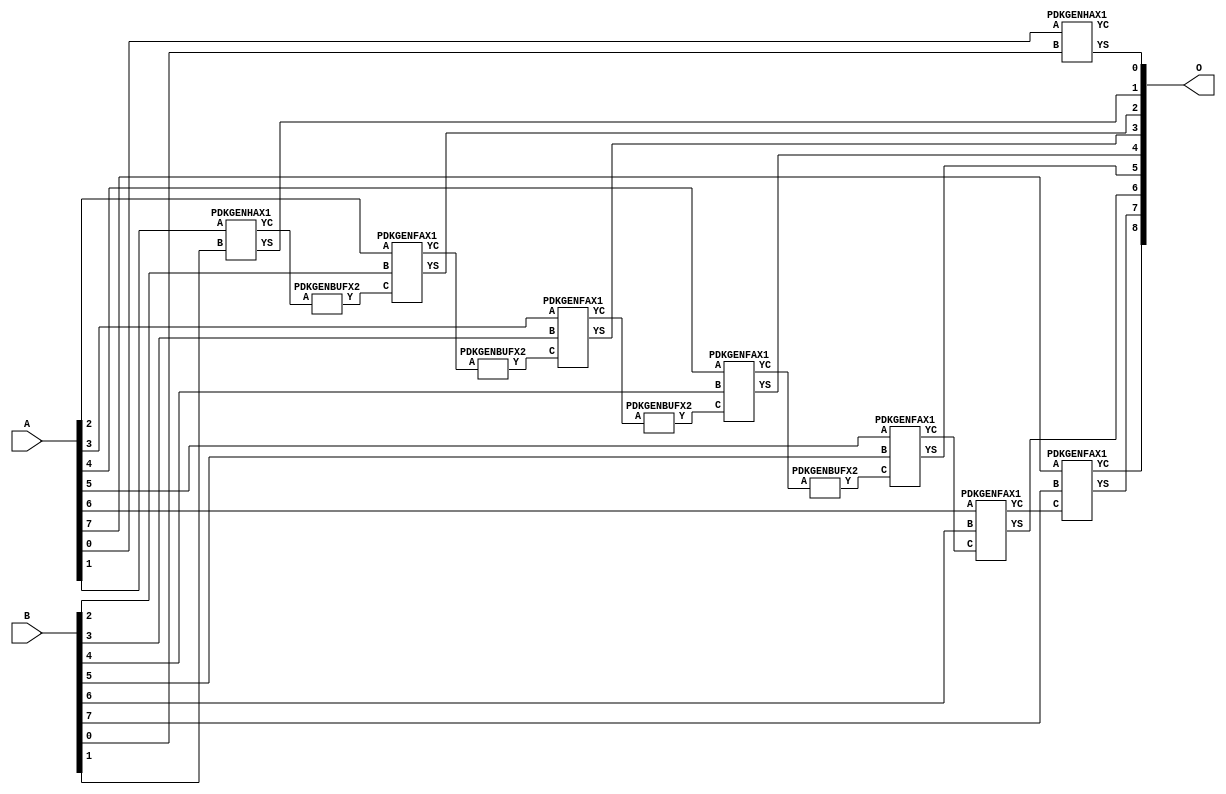
// Library = EvoApprox8b
// Circuit = add8_316
// Area   (180) = 976
// Delay  (180) = 1.630
// Power  (180) = 343.20
// Area   (45) = 72
// Delay  (45) = 0.650
// Power  (45) = 32.06
// Nodes = 12
// HD = 32640
// MAE = 0.50000
// MSE = 1.00000
// MRE = 0.27 %
// WCE = 2
// WCRE = 100 %
// EP = 25.0 %

module add8_316(A, B, O);
  input [7:0] A;
  input [7:0] B;
  output [8:0] O;
  wire [2031:0] N;

  assign N[0] = A[0];
  assign N[1] = A[0];
  assign N[2] = A[1];
  assign N[3] = A[1];
  assign N[4] = A[2];
  assign N[5] = A[2];
  assign N[6] = A[3];
  assign N[7] = A[3];
  assign N[8] = A[4];
  assign N[9] = A[4];
  assign N[10] = A[5];
  assign N[11] = A[5];
  assign N[12] = A[6];
  assign N[13] = A[6];
  assign N[14] = A[7];
  assign N[15] = A[7];
  assign N[16] = B[0];
  assign N[17] = B[0];
  assign N[18] = B[1];
  assign N[19] = B[1];
  assign N[20] = B[2];
  assign N[21] = B[2];
  assign N[22] = B[3];
  assign N[23] = B[3];
  assign N[24] = B[4];
  assign N[25] = B[4];
  assign N[26] = B[5];
  assign N[27] = B[5];
  assign N[28] = B[6];
  assign N[29] = B[6];
  assign N[30] = B[7];
  assign N[31] = B[7];

  PDKGENHAX1 n76(.A(N[0]), .B(N[16]), .YS(N[76]), .YC(N[77]));
  PDKGENHAX1 n82(.A(N[2]), .B(N[18]), .YS(N[82]), .YC(N[83]));
  PDKGENBUFX2 n112(.A(N[83]), .Y(N[112]));
  assign N[113] = N[112];
  PDKGENFAX1 n132(.A(N[4]), .B(N[20]), .C(N[113]), .YS(N[132]), .YC(N[133]));
  PDKGENBUFX2 n174(.A(N[133]), .Y(N[174]));
  PDKGENFAX1 n182(.A(N[6]), .B(N[22]), .C(N[174]), .YS(N[182]), .YC(N[183]));
  PDKGENBUFX2 n208(.A(N[183]), .Y(N[208]));
  PDKGENFAX1 n232(.A(N[8]), .B(N[24]), .C(N[208]), .YS(N[232]), .YC(N[233]));
  PDKGENBUFX2 n248(.A(N[233]), .Y(N[248]));
  PDKGENFAX1 n282(.A(N[10]), .B(N[26]), .C(N[248]), .YS(N[282]), .YC(N[283]));
  PDKGENFAX1 n332(.A(N[12]), .B(N[28]), .C(N[283]), .YS(N[332]), .YC(N[333]));
  PDKGENFAX1 n382(.A(N[14]), .B(N[30]), .C(N[333]), .YS(N[382]), .YC(N[383]));

  assign O[0] = N[76];
  assign O[1] = N[82];
  assign O[2] = N[132];
  assign O[3] = N[182];
  assign O[4] = N[232];
  assign O[5] = N[282];
  assign O[6] = N[332];
  assign O[7] = N[382];
  assign O[8] = N[383];

endmodule
/* mod */
module PDKGENHAX1( input A, input B, output YS, output YC );
    assign YS = A ^ B;
    assign YC = A & B;
endmodule
/* mod */
module PDKGENFAX1( input A, input B, input C, output YS, output YC );
    assign YS = (A ^ B) ^ C;
    assign YC = (A & B) | (B & C) | (A & C);
endmodule
/* mod */
module PDKGENBUFX2(input A, output Y );
     assign Y = A;
endmodule